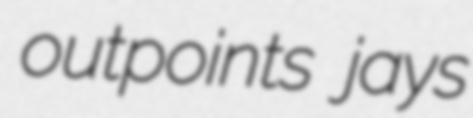
outpoints jays